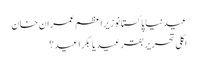
عیدنیا پاکستانوزیراعظم عمران خان
اگلی تحریر بقر عید یا بکرا عید ؟